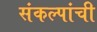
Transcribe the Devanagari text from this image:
संकल्पांची